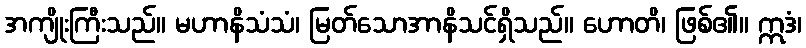
အကျိုးကြီးသည်။ မဟာနိသံသံ၊ မြတ်သောအာနိသင်ရှိသည်။ ဟောတိ၊ ဖြစ်၏။ ဣဒံ၊